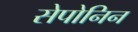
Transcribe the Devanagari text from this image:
सेपोनिन